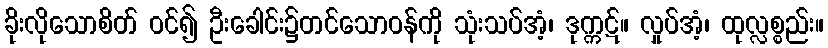
ခိုးလိုသောစိတ် ဝင်၍ ဦးခေါင်း၌တင်သောဝန်ကို သုံးသပ်အံ့၊ ဒုက္ကဋ်။ လှုပ်အံ့၊ ထုလ္လစ္စည်း။